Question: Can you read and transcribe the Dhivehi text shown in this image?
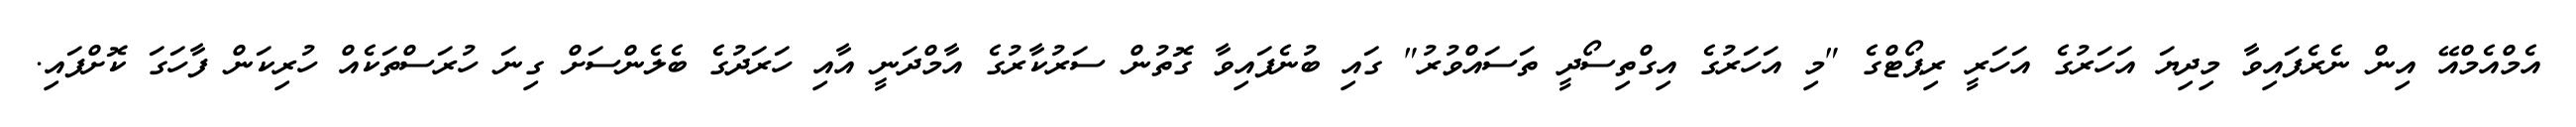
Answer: އެމްއެމްއޭ އިން ނެރެފައިވާ މިދިޔަ އަހަރުގެ އަހަރީ ރިޕޯޓްގެ "މި އަހަރުގެ އިގްތިސޯދީ ތަސައްވުރު" ގައި ބުނެފައިވާ ގޮތުން ސަރުކާރުގެ އާމްދަނީ އާއި ހަރަދުގެ ބެލެންސަށް ގިނަ ހުރަސްތަކެއް ހުރިކަން ފާހަގަ ކޮށްފައި.